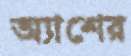
অ্যাশের